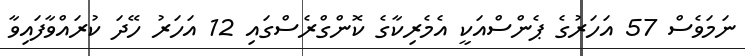
ނަމަވެސް 57 އަހަރުގެ ޕެންސްއަކީ އެމެރިކާގެ ކޮންގްރެސްގައި 12 އަހަރު ހޭދަ ކުރައްވާފައިވާ